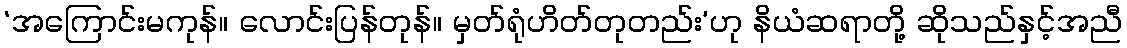
‘အကြောင်းမကုန်။ လောင်းပြန်တုန်။ မှတ်ရုံဟိတ်တုတည်း’ဟု နိယံဆရာတို့ ဆိုသည်နှင့်အညီ